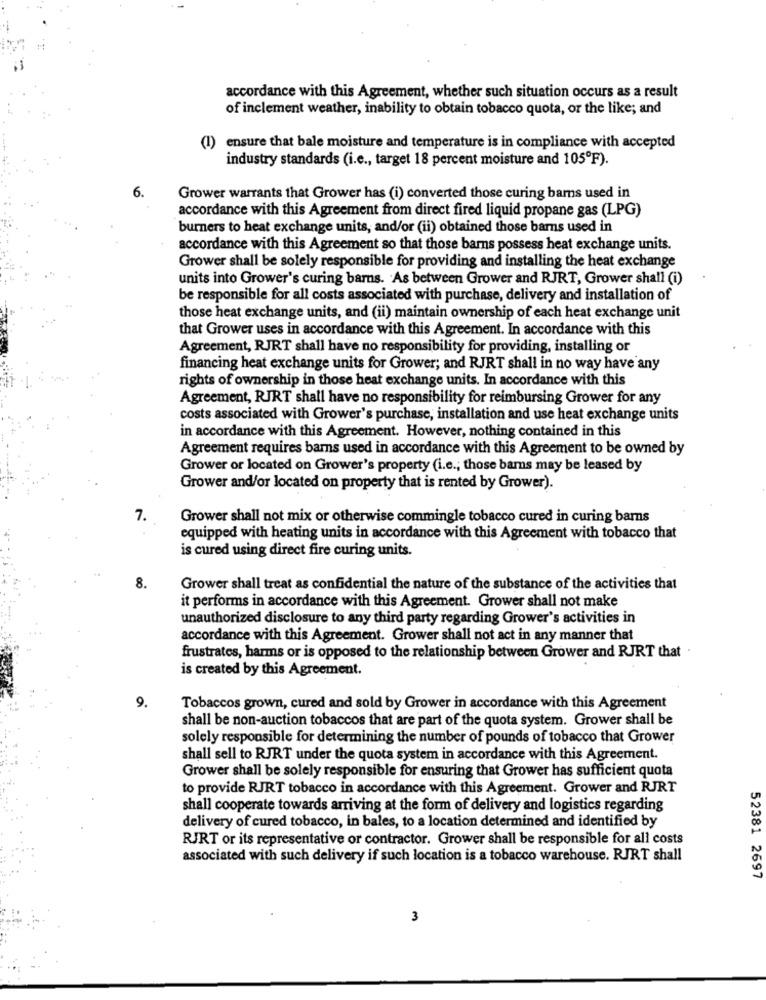
accordance with this Agreement, whether such situation occurs as a result
of inclement weather, inability to obtain tobacco quota, or the like; and
(1) ensure that bale moisture and temperature is in compliance with accepted
industry standards (i.e ., target 18 percent moisture and 105ºF).
6.
Grower warrants that Grower has (i) converted those curing bams used in
accordance with this Agreement from direct fired liquid propane gas (LPG)
burners to heat exchange units, and/or (ii) obtained those barns used in
accordance with this Agreement so that those barns possess heat exchange units.
Grower shall be solely responsible for providing and installing the heat exchange
units into Grower's curing barns. As between Grower and RJRT, Grower shall (i)
be responsible for all costs associated with purchase, delivery and installation of
those heat exchange units, and (ii) maintain ownership of each heat exchange unit
that Grower uses in accordance with this Agreement. In accordance with this
Agreement, RJRT shall have no responsibility for providing, installing or
financing heat exchange units for Grower; and RJRT shall in no way have any
rights of ownership in those heat exchange units. In accordance with this
Agreement, RJRT shall have no responsibility for reimbursing Grower for any
costs associated with Grower's purchase, installation and use heat exchange units
in accordance with this Agreement. However, nothing contained in this
Agreement requires barns used in accordance with this Agreement to be owned by
Grower or located on Grower's property (i.e .; those barns may be leased by
Grower and/or located on property that is rented by Grower).
7.
Grower shall not mix or otherwise commingle tobacco cured in curing barns
equipped with heating units in accordance with this Agreement with tobacco that
is cured using direct fire curing units.
8.
Grower shall treat as confidential the nature of the substance of the activities that
it performs in accordance with this Agreement. Grower shall not make
unauthorized disclosure to any third party regarding Grower's activities in
accordance with this Agreement. Grower shall not act in any manner that
frustrates, harms or is opposed to the relationship between Grower and RJRT that .
is created by this Agreement.
9.
Tobaccos grown, cured and sold by Grower in accordance with this Agreement
shall be non-auction tobaccos that are part of the quota system. Grower shall be
solely responsible for determining the number of pounds of tobacco that Grower
shall sell to RJRT under the quota system in accordance with this Agreement.
Grower shall be solely responsible for ensuring that Grower has sufficient quota
to provide RJRT tobacco in accordance with this Agreement. Grower and RJRT
shall cooperate towards arriving at the form of delivery and logistics regarding
delivery of cured tobacco, in bales, to a location determined and identified by
RJRT or its representative or contractor. Grower shall be responsible for all costs
associated with such delivery if such location is a tobacco warehouse. RJRT shall
52381 2697
3